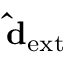
\mathbf { \hat { d } _ { \mathrm { e x t } } }